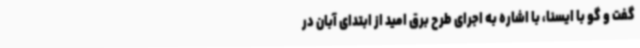
گفت و گو با ایسنا، با اشاره به اجرای طرح برق امید از ابتدای آبان در